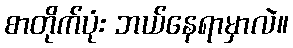
စာတိုက်ပုံး ဘယ်နေရာမှာလဲ။